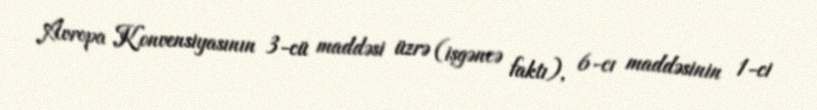
Avropa Konvensiyasının 3-cü maddəsi üzrə (işgəncə faktı), 6-cı maddəsinin 1-ci